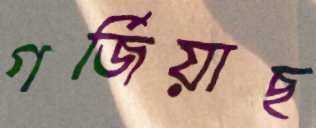
গর্জিয়াছ